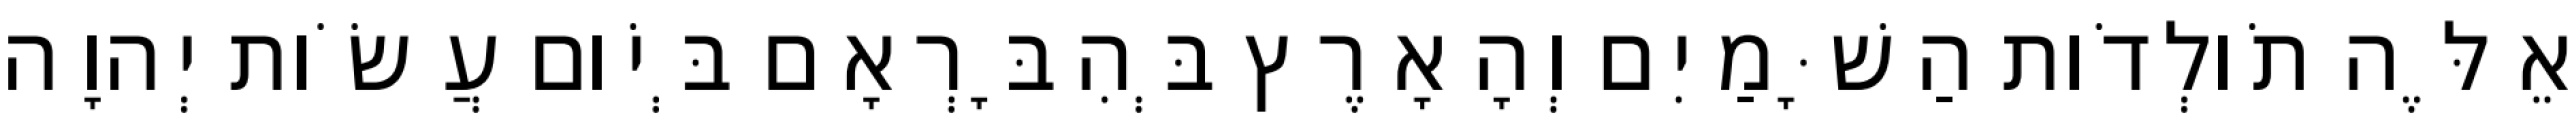
אֵלֶּה תֹולְדֹות הַשָּׁמַיִם וְהָאָרֶץ בְּהִבָּרְאָם בְּיֹום עֲשֹׂות יְהוָה